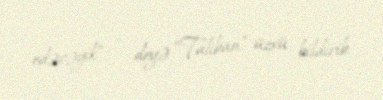
edəcəyik”, – deyə “Taliban” üzvü bildirib.